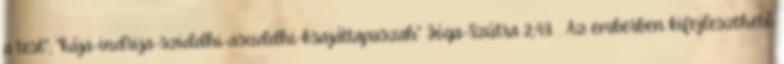
a test"; "kája-indrija-sziddhi-asuddhi-ksajáttapaszah" Jóga-Szútra 2,43. . Az emberben kifejleszthető